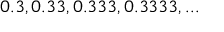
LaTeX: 0 . 3 , 0 . 3 3 , 0 . 3 3 3 , 0 . 3 3 3 3 , . . .